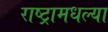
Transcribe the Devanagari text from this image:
राष्ट्रामधल्या